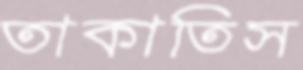
তাকাতিস